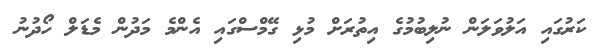
ކަރުގައި އަލުވަލަން ނުލިބުމުގެ އިތުރަށް މުޅި ގޭމްސްގައި އެންމެ މަދުން މެޑަލް ހޯދުނު